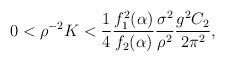
LaTeX: \begin{align*}0 < \rho^{-2} K < {1 \over 4}{f_1^2(\alpha) \over f_2(\alpha)}{\sigma^2 \over \rho^2} {g^2 C_2 \over 2\pi^2} ,\end{align*}